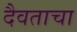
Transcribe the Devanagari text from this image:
दैवताचा